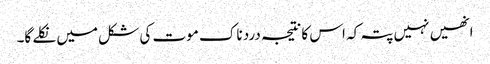
انھیں نہیں پتہ کہ اس کا نتیجہ درد ناک موت کی شکل میں نکلے گا۔